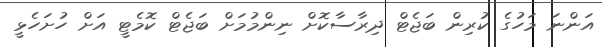
އަންނަ މަހުގެ ކުރިން ބަޖެޓް ދިރާސާކޮށް ނިންމުމަށް ބަޖެޓް ކޮމެޓީ އަށް ހުށަހެޅީ